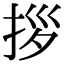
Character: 拶